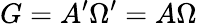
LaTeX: G=A^{\prime}\Omega^{\prime}=A\Omega